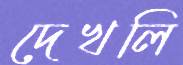
দেখলি